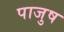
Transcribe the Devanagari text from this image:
पाजुष